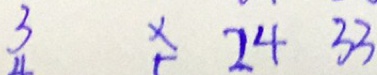
3 x 2 4 3 3